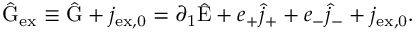
\hat { \mathrm { G } } _ { \mathrm { e x } } \equiv \hat { \mathrm { G } } + j _ { \mathrm { e x , 0 } } = \partial _ { 1 } \hat { \mathrm { E } } + e _ { + } \hat { j } _ { + } + e _ { - } \hat { j } _ { - } + j _ { \mathrm { e x , 0 } } .